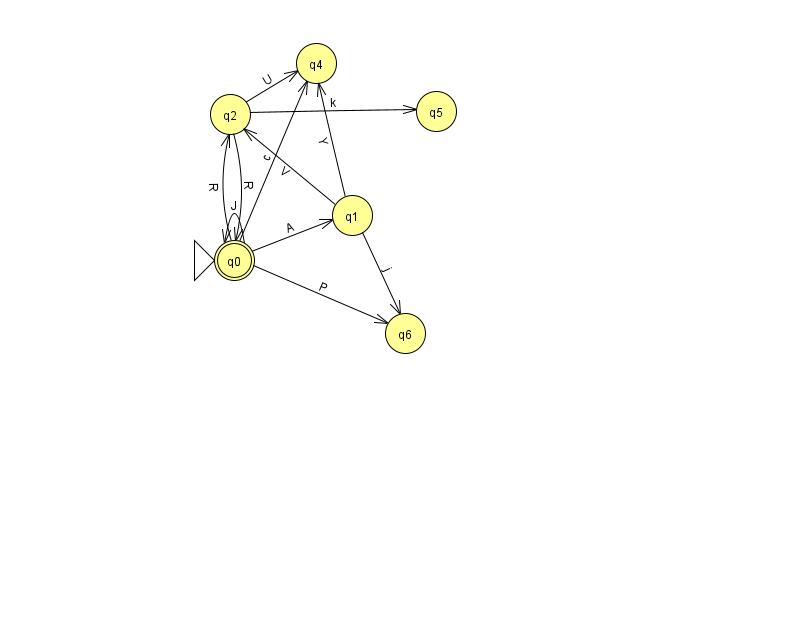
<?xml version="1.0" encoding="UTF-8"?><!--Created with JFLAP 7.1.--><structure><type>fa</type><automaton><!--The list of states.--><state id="0" name="q0"><x>234.0</x><y>247.0</y><initial/><final/></state><state id="1" name="q1"><x>352.0</x><y>202.0</y></state><state id="2" name="q2"><x>230.0</x><y>101.0</y></state><state id="4" name="q4"><x>316.0</x><y>50.0</y></state><state id="5" name="q5"><x>436.0</x><y>98.0</y></state><state id="6" name="q6"><x>405.0</x><y>320.0</y></state><!--The list of transitions.--><transition><from>0</from><to>6</to><read>P</read></transition><transition><from>1</from><to>6</to><read>j</read></transition><transition><from>2</from><to>4</to><read>U</read></transition><transition><from>1</from><to>2</to><read>V</read></transition><transition><from>1</from><to>4</to><read>Y</read></transition><transition><from>0</from><to>0</to><read>J</read></transition><transition><from>0</from><to>2</to><read>R</read></transition><transition><from>0</from><to>4</to><read>c</read></transition><transition><from>2</from><to>0</to><read>R</read></transition><transition><from>0</from><to>1</to><read>A</read></transition><transition><from>2</from><to>5</to><read>k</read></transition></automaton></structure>